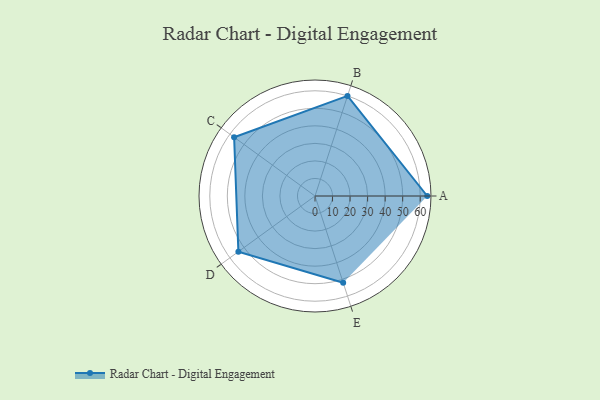
{"axis": {"x": "Skill", "y": "Score"}, "legend": ["Profile"], "data": [{"x": "A", "y": 64.0, "type": "Profile"}, {"x": "B", "y": 60.0, "type": "Profile"}, {"x": "C", "y": 57.0, "type": "Profile"}, {"x": "D", "y": 54.0, "type": "Profile"}, {"x": "E", "y": 52.0, "type": "Profile"}]}